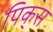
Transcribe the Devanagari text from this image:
पिक्‌स